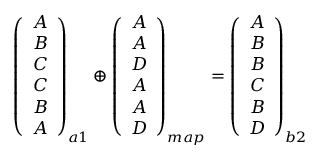
\begin{array} { r } { \left( \begin{array} { c } { A } \\ { B } \\ { C } \\ { C } \\ { B } \\ { A } \end{array} \right) _ { a 1 } \oplus \left( \begin{array} { c } { A } \\ { A } \\ { D } \\ { A } \\ { A } \\ { D } \end{array} \right) _ { m a p } = \left( \begin{array} { c } { A } \\ { B } \\ { B } \\ { C } \\ { B } \\ { D } \end{array} \right) _ { b 2 } } \end{array}